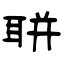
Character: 聠